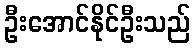
ဦးအောင်နိုင်ဦးသည်